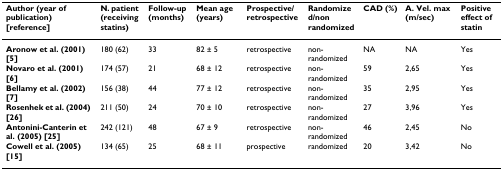
| Author (year of publication) [reference] | N. patient (receiving statins) | Follow-up (months) | Mean age (years) | Prospective/retrospective | Randomized/non randomized | CAD (%) | A. Vel. max (m/sec) | Positive effect of statin |
 | --- | --- | --- | --- | --- | --- | --- | --- | --- |
 | Aronow et al. (2001) [5] | 180 (62) | 33 | 82 ± 5 | retrospective | non-randomized | NA | NA | Yes |
 | Novaro et al. (2001) [6] | 174 (57) | 21 | 68 ± 12 | retrospective | non-randomized | 59 | 2,65 | Yes |
 | Bellamy et al. (2002) [7] | 156 (38) | 44 | 77 ± 12 | retrospective | non-randomized | 35 | 2,95 | Yes |
 | Rosenhek et al. (2004) [26] | 211 (50) | 24 | 70 ± 10 | retrospective | non-randomized | 27 | 3,96 | Yes |
 | Antonini-Canterin et al. (2005) [25] | 242 (121) | 48 | 67 ± 9 | retrospective | non-randomized | 46 | 2,45 | No |
 | Cowell et al. (2005) [15] | 134 (65) | 25 | 68 ± 11 | prospective | randomized | 20 | 3,42 | No |